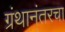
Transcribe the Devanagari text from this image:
ग्रंथानंतरचा